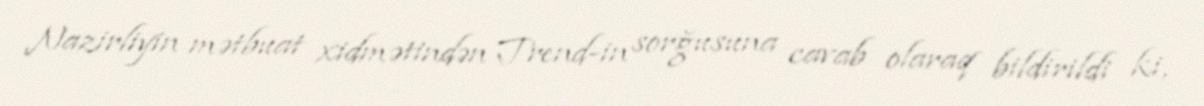
Nazirliyin mətbuat xidmətindən Trend-in sorğusuna cavab olaraq bildirildi ki,